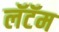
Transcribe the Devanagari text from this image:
लॅटॅम